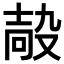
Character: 𡔮